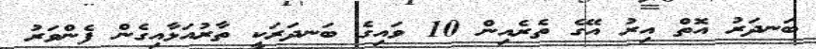
ބަނދަރު އޮތް އިރު އޭގެ ތެރެއިން 10 ވައިގެ ބަނދަރަކީ ތާރުއަޅާއިގެން ފެންވަރު